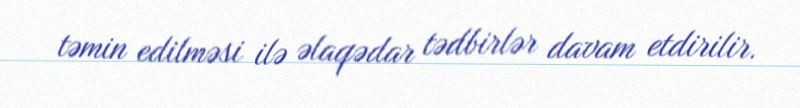
təmin edilməsi ilə əlaqədar tədbirlər davam etdirilir.